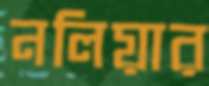
নলিয়ার